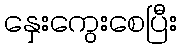
နှေးကွေးစေပြီး